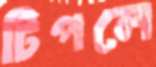
টিপলে